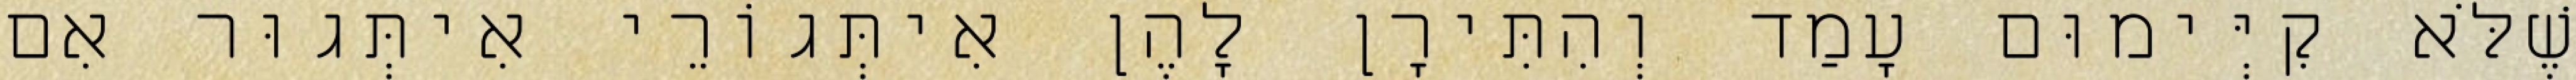
שֶׁלֹּא קִיְּימוּם עָמַד וְהִתִּירָן לָהֶן אִיתְּגוֹרֵי אִיתְּגוּר אִם